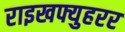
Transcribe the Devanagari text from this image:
राइखफ्युहरर